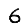
Digit: 6